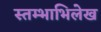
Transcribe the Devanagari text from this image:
स्तम्भाभिलेख